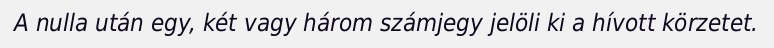
A nulla után egy, két vagy három számjegy jelöli ki a hívott körzetet.